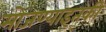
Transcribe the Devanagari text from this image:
मोजण्याइतकी